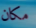
مكان